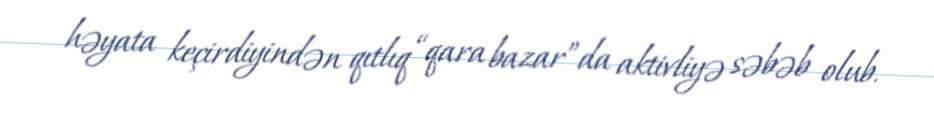
həyata keçirdiyindən qıtlıq “qara bazar”da aktivliyə səbəb olub.